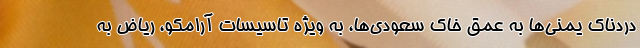
دردناک یمنی‌ها به عمق خاک سعودی‌ها، به ویژه تاسیسات آرامکو، ریاض به